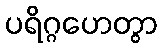
ပရိဂ္ဂဟေတွာ